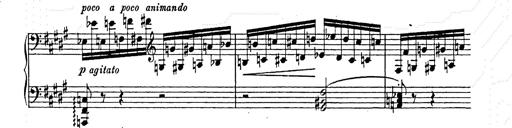
Title: Ballade No.2
Composer: Jan Skrzydlewski
Key: B minor